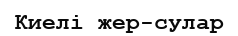
Киелі жер-сулар